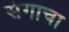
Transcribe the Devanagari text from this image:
संगाचा